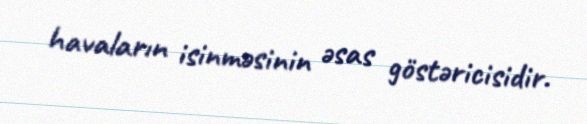
havaların isinməsinin əsas göstəricisidir.